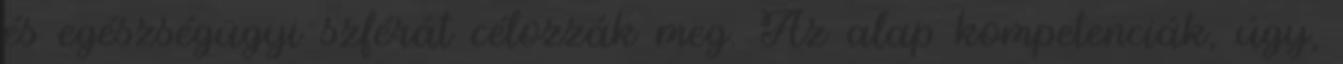
és egészségügyi szférát célozzák meg. Az alap kompetenciák, úgy,